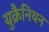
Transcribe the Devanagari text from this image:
युक्रैनियन